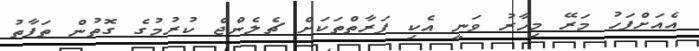
އެއަށްފަހު މަރޭ މިހާރު ވަނީ އެކި ފަރާތްތަކަށް ޗެލެންޖް ކުރުމުގެ ގޮތުން ތަފާތު